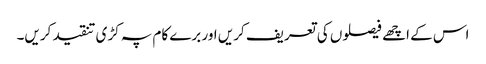
اس کے اچھے فیصلوں کی تعریف کریں اور برے کام پہ کڑی تنقید کریں۔